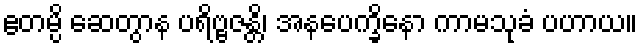
ဧတမ္ပိ ဆေတွာန ပရိဗ္ဗဇန္တိ၊ အနပေက္ခိနော ကာမသုခံ ပဟာယ။